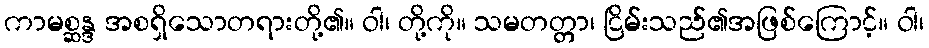
ကာမစ္ဆန္ဒ အစရှိသောတရားတို့၏။ ဝါ၊ တို့ကို။ သမတတ္တာ၊ ငြိမ်းသည်၏အဖြစ်ကြောင့်။ ဝါ၊